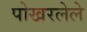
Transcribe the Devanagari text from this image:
पोखरलेले